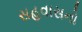
સહવાસનો